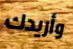
وأريدك